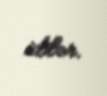
idilər.